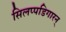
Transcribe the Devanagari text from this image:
सिलप्पडिगारन्